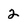
Character: 2